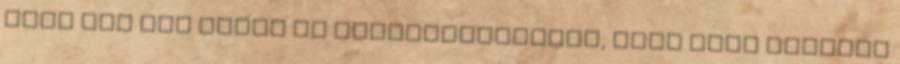
elég sok szó esett az adathalászokról, akik ugye mindent